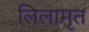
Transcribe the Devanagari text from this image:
लिलामृत